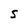
Character: 5